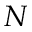
N